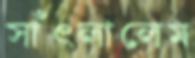
সাঁৎলালেম